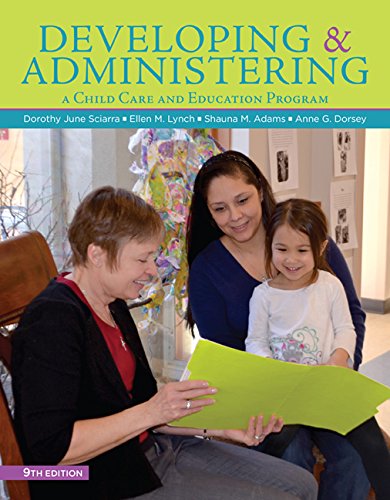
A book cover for Developing and Administering a Child Care and Education Program; Dorothy June Sciarra; Parenting & Relationships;